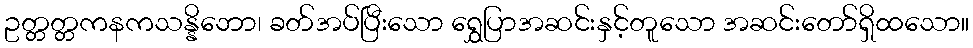
ဥတ္တတ္တကနကသန္နိဘော၊ ခတ်အပ်ပြီးသော ရွှေပြာအဆင်းနှင့်တူသော အဆင်းတော်ရှိထသော။